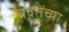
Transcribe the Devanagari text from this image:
रावतेंच्या